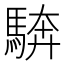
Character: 𩣺